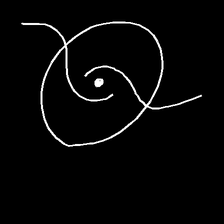
Glyph: repetition